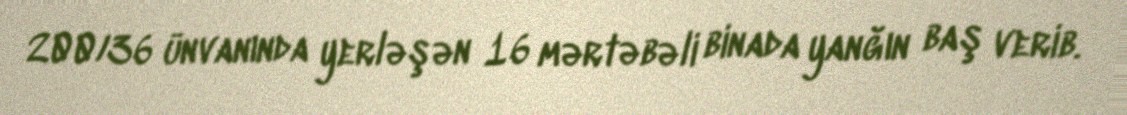
200/36 ünvanında yerləşən 16 mərtəbəli binada yanğın baş verib.